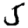
Digit: 5